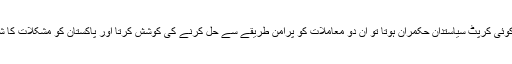
ان کی جگہ کوئی کرپٹ سیاستدان حکمران ہوتا تو ان دو معاملات کو پرامن طریقے سے حل کرنے کی کوشش کرتا اور پاکستان کو مشکلات کا شکار کر دیتا۔